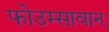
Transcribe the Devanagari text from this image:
फोउम्सावान